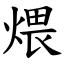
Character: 煨